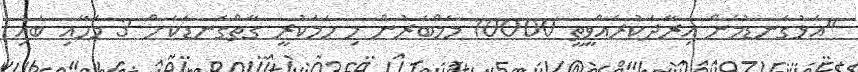
"އަޅުގަނޑުމެން އިރާދަކުރެއްވީތީ 10000 މެމްބަރުން މި ހަމަކުރީ ގާތްގަނޑަކަށް 3 މަހާއި ބައި